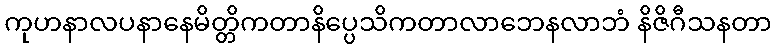
ကုဟနာလပနာနေမိတ္တိကတာနိပ္ပေသိကတာလာဘေနလာဘံ နိဇိဂီသနတာ